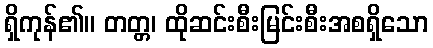
ရှိကုန်၏။ တတ္တ၊ ထိုဆင်းစီးမြင်းစီးအစရှိသော